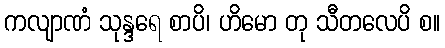
ကလျာဏံ သုန္ဒရေ စာပိ၊ ဟိမော တု သီတလေပိ စ။